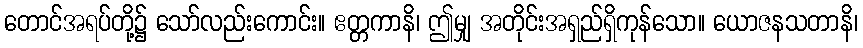
တောင်အရပ်တို့၌ သော်လည်းကောင်း။ ဧတ္တကာနိ၊ ဤမျှ အတိုင်းအရှည်ရှိကုန်သော။ ယောဇနသတာနိ၊